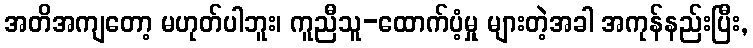
အတိအကျတော့ မဟုတ်ပါဘူး၊ ကူညီသူ-ထောက်ပံ့မှု များတဲ့အခါ အကုန်နည်းပြီး,